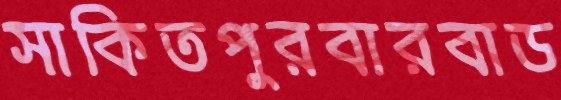
সাকিতপুরবারবাড